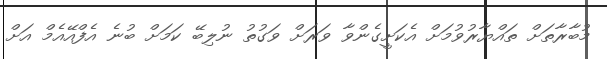
މުބާރާތަށް ތައްޔާރުވުމަށް އެކަށީގެންވާ ވަރަށް ވަގުތު ނުލިބޭ ކަމަށް ބުނެ އެފްއޭއެމް އަށް